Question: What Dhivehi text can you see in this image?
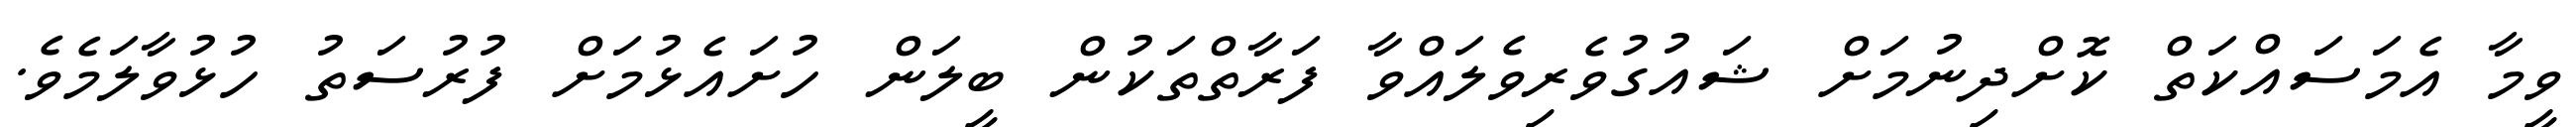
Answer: ވީމާ އެމަސައްކަތް ކޮށްދިނުމަށް ޝައުގުވެރިވެލައްވާ ފަރާތްތަކުން ބީލަން ހުށައެޅުމަށް ފުރުސަތު ހުޅުވާލަމެވެ.